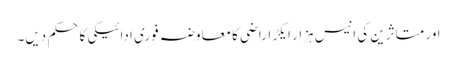
اور متاثرین کی انیس ہزار ایکڑ اراضی کا معاوضہ فوری ادائیگی کاحکم دیں۔